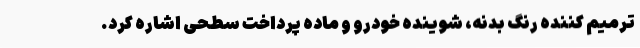
ترمیم کننده رنگ بدنه، شوینده خودرو و ماده پرداخت سطحی اشاره کرد.